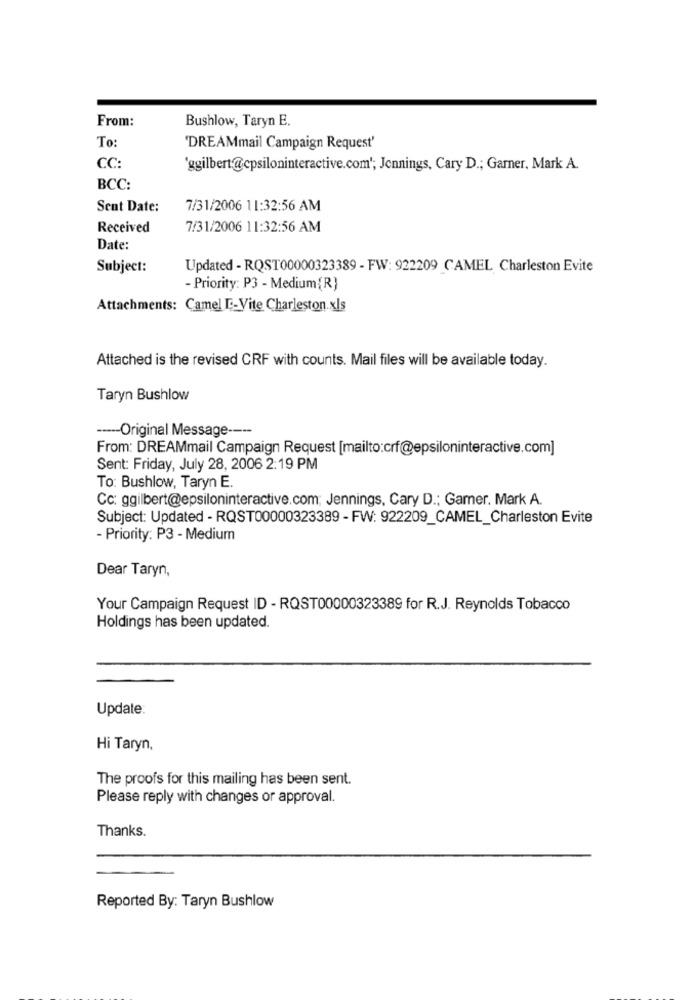
From:
Bushlow, Taryn E.
To:
'DREAMmail Campaign Request'
CC:
'ggilbert@cpsiloninteractive.com'; Jennings, Cary D .; Garner, Mark A.
BCC:
Sent Date:
7/31/2006 11:32:56 AM
Received
7/31/2006 11:32:56 AM
Date:
Subject:
Updated - RQST00000323389 - FW: 922209 CAMEL Charleston Evite
- Priority: P3 - Medium(R)
Attachments: Camel I :- Vite Charleston.xls
Attached is the revised CRF with counts. Mail files will be available today.
Taryn Bushlow
----- Original Message ----
From: DREAMmail Campaign Request [mailto:crf@epsiloninteractive.com]
Sent: Friday, July 28, 2006 2:19 PM
To: Bushlow, Taryn E.
Cc: ggilbert@epsiloninteractive.com; Jennings, Cary D .; Garner. Mark A.
Subject: Updated - RQST00000323389 - FW: 922209_CAMEL_Charleston Evite
- Priority: P3 - Medium
Dear Taryn,
Your Campaign Request ID - RQST00000323389 for R.J. Reynolds Tobacco
Holdings has been updated.
Update
Hi Taryn,
The proofs for this mailing has been sent.
Please reply with changes or approval.
Thanks.
Reported By: Taryn Bushlow